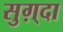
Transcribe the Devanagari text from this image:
सुग़्दा